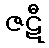
ဇဋီ